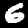
Label: 6